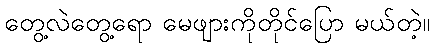
တွေ့လဲတွေ့ရော မေဖျားကိုတိုင်ပြော မယ်တဲ့။